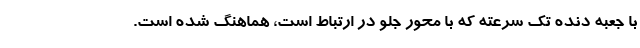
با جعبه دنده تک سرعته که با محور جلو در ارتباط است، هماهنگ شده است.